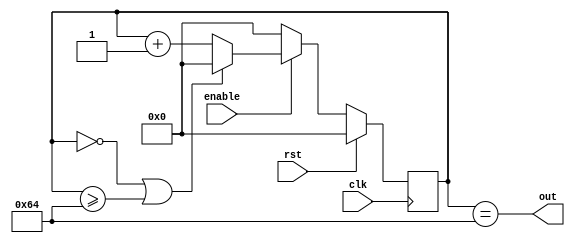
module mst_4 #(
    parameter MIN_VALUE = 8'd0,
    parameter MAX_VALUE = 8'd100
) (
    input  clk,
    input  rst,
    input  enable,
    output out
);

    reg [7 : 0] counter;
    always @(posedge clk) begin
        if (rst) begin
            counter <= 0;
        end
        else begin
            if (enable) begin
                if (counter == 8'b0 || counter >= MAX_VALUE) begin
                    counter <= MIN_VALUE;
                end
                else begin
                    counter <= counter + 8'b1;
                end
            end
            else begin
                counter <= 0;
            end
        end
    end

    assign out = (counter == MAX_VALUE);

endmodule